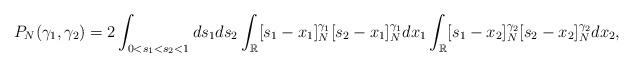
LaTeX: \begin{align*}P_N(\gamma_1,\gamma_2)&= 2 \int_{0<s_1<s_2<1} ds_1ds_2 \int_\mathbb{R} [s_1-x_1]_N^{\gamma_1}[s_2-x_1]_N^{\gamma_1} dx_1 \int_{\mathbb{R}} [s_1-x_2]_N^{\gamma_2} [s_2-x_2]_N^{\gamma_2} dx_2,\end{align*}